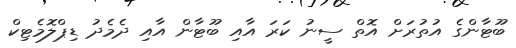
ބޫޓާންގެ އުތުރަށް އޮތް ސީނު ކަރަ އާއި ބޫޓާން އާއި ދެމެދު ޑިޕްލޮމެޓިކް